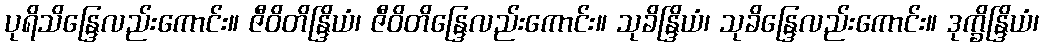
ပုရိသိန္ဒြေလည်းကောင်း။ ဇီဝိတိန္ဒြိယံ၊ ဇီဝိတိန္ဒြေလည်းကောင်း။ သုခိန္ဒြိယံ၊ သုခိန္ဒြေလည်းကောင်း။ ဒုက္ခိန္ဒြိယံ၊